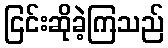
ငြင်းဆိုခဲ့ကြသည်